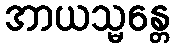
အာယသ္မန္တေ